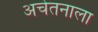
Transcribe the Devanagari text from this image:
अचेतनाला